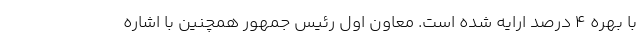
با بهره ۴ درصد ارایه شده است. معاون اول رئیس جمهور همچنین با اشاره